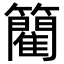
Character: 䉮